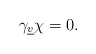
\begin{align*}\gamma_{\underline{v}} \chi = 0.\end{align*}